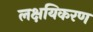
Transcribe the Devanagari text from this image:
लक्षयिकरण